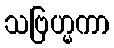
သဗြဟ္မကာ